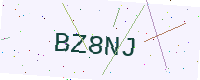
Text: BZ8NJ